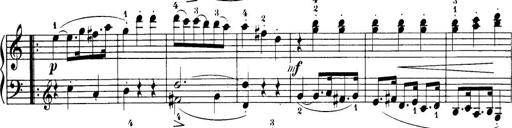
Title: 32 Sonatinas and Rondos for the Piano
Composer: Richard Kleinmichel